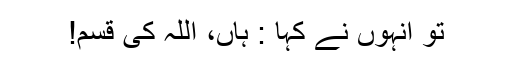
تو انہوں نے کہا : ہاں، اللہ کی قسم!